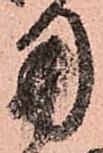
用